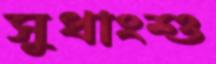
সুধাংশু